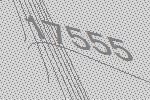
17555